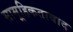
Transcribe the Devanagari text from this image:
सामूहिकतावाद